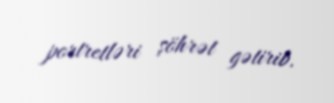
portretləri şöhrət gətirib.